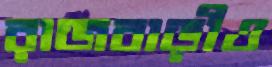
রাজবাড়ীও